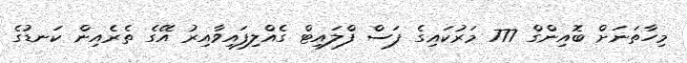
މިހާތަނަށް ބޮއިންގް 777 މަރުކައިގެ ފަސް ފްލައިޓް ގެއްލިފައިވާއިރު އޭގެ ތެރެއިން ކަނޑުގެ